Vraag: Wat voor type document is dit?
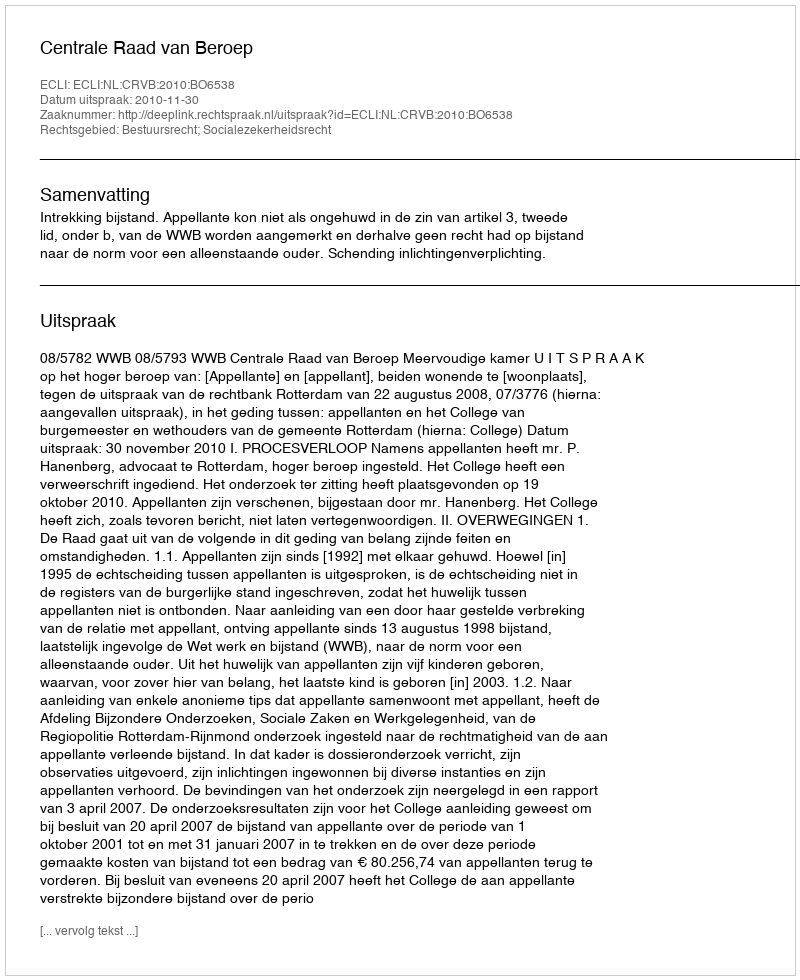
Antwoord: Uitspraak